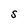
Character: S